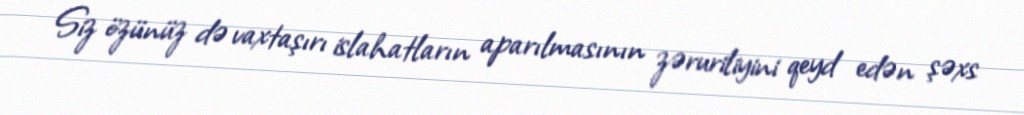
Siz özünüz də vaxtaşırı islahatların aparılmasının zəruriliyini qeyd edən şəxs